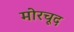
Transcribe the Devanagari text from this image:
मोरचूद